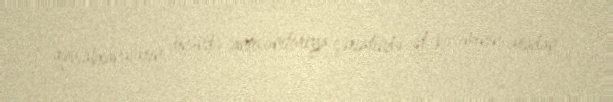
qəssabxanaların önündə antisanitariya şəriatində ət kəsiminin aradan